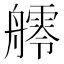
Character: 𦪩